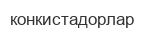
конкистадорлар